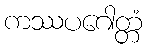
ကဿပဂေါတ္တံ